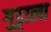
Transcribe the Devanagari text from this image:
गुट्टाला